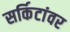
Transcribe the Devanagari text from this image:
सर्किटांवर